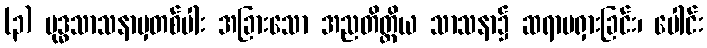
(၃) ဗုဒ္ဓသာသနာမှတစ်ပါး အခြားသော အညတိတ္တိယ သာသနာ၌ ဆရာမရှားခြင်း၊ ပေါင်း